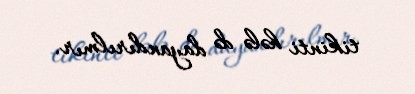
tikinti hələ də dayandırılmır.